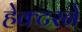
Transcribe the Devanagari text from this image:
हेक्टरने